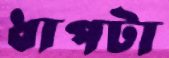
ধাপটা